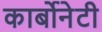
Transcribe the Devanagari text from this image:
कार्बोनेटी